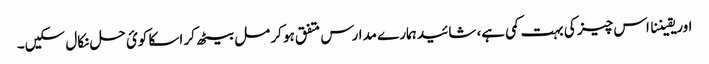
اور یقیننا اس چیز کی بہت کمی ہے، شائید ہمارے مدارس متفق ہو کر مل بیٹھ کر اسکا کوئ حل نکال سکیں۔